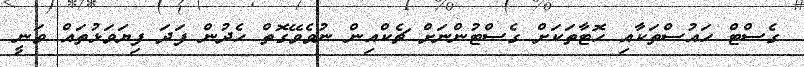
ގެސްޓް ހައުސްތަކާއި ހޮޓާތަކަށް ގެސްޓުންނަށް ޗެކްއިން ނުވެވޭގޮތް ހެދުން ފަދަ ފިޔަވަޅުތައް ވަނީ